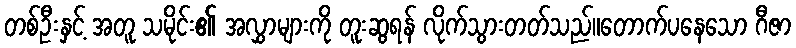
တစ်ဦးနှင့် အတူ သမိုင်း၏ အလွှာများကို တူးဆွရန် လိုက်သွားတတ်သည်။တောက်ပနေသော ဂီဇာ